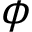
\phi